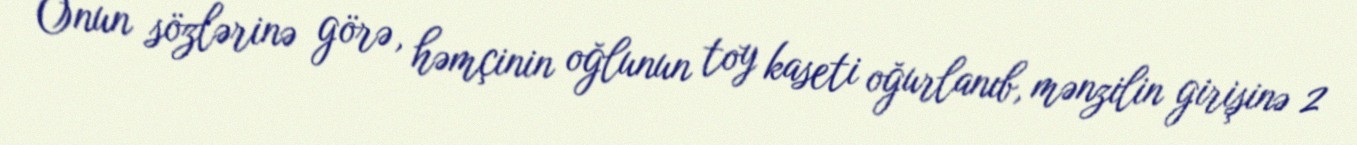
Onun sözlərinə görə, həmçinin oğlunun toy kaseti oğurlanıb, mənzilin girişinə 2